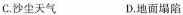
C.沙尘天气 D.地面塌陷